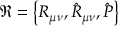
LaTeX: \Re = \left\{ R _ { \mu \nu } , { \hat { \cal R } } _ { \mu \nu } , { \hat { P } } \right\}